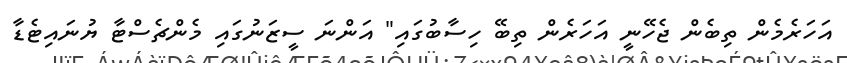
އަހަރެމެން ތިބެން ޖެހޭނީ އަހަރެން ތިބޭ ހިސާބުގައި" އަންނަ ސީޒަނުގައި މެންޗެސްޓާ ޔުނައިޓެޑާ